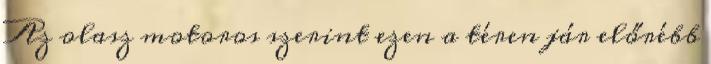
Az olasz motoros szerint ezen a téren jár előrébb